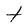
Character: t